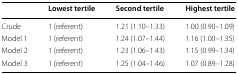
|  | Lowest tertile | Second tertile | Highest tertile |
 | --- | --- | --- | --- |
 | Crude | 1 (referent) | 1.21 (1.10–1.33) | 1.00 (0.90–1.09) |
 | Model 1 | 1 (referent) | 1.24 (1.07–1.44) | 1.16 (1.00–1.35) |
 | Model 2 | 1 (referent) | 1.23 (1.06–1.43) | 1.15 (0.99–1.34) |
 | Model 3 | 1 (referent) | 1.25 (1.04–1.46) | 1.07 (0.89–1.28) |